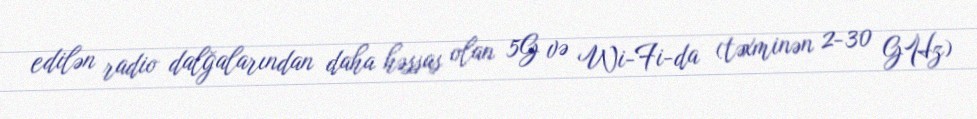
edilən radio dalğalarından daha həssas olan 5G və Wi-Fi-da (təxminən 2-30 GHz)